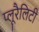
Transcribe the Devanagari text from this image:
प्लूरैलिटी